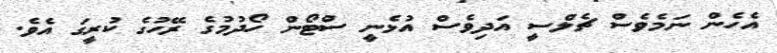
އެހެން ނަމެވެސް ޗެލްސީ އަދިވެސް އުޅެނީ ސްޓޯން ހޯދުމުގެ ރޭހުގެ ކުރީގަ އެވެ.